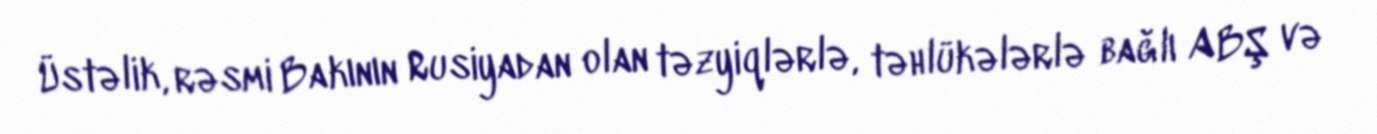
Üstəlik, rəsmi Bakının Rusiyadan olan təzyiqlərlə, təhlükələrlə bağlı ABŞ və